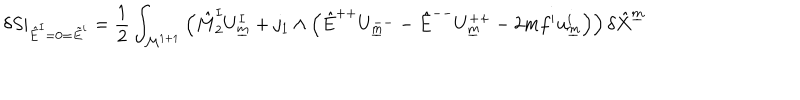
LaTeX: \delta S \vert _ { \hat { E } ^ { I } = 0 = \tilde { E } ^ { i } } = { \frac { 1 } { 2 } } \int _ { { \cal M } ^ { 1 + 1 } } \left( \hat { M } _ { 2 } ^ { I } U _ { \underline { { { m } } } } ^ { I } + j _ { 1 } \wedge \left( \hat { E } ^ { + + } U _ { \underline { { { m } } } } ^ { -- } - \hat { E } ^ { -- } U _ { \underline { { { m } } } } ^ { + + } - 2 m f ^ { i } u _ { \underline { { { m } } } } ^ { i } \right) \right) \delta \hat { X } ^ { \underline { { { m } } } }